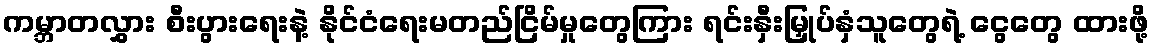
ကမ္ဘာတလွှား စီးပွားရေးနဲ့ နိုင်ငံရေးမတည်ငြိမ်မှုတွေကြား ရင်းနှီးမြှုပ်နှံသူတွေရဲ့ ငွေတွေ ထားဖို့